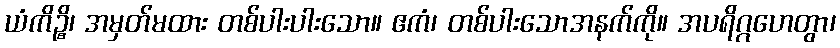
ယံကိဉ္စိ၊ အမှတ်မထား တစ်ပါးပါးသော။ ဧကံ၊ တစ်ပါးသောအနက်ကို။ အပရိဂ္ဂဟေတွာ၊